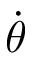
\dot { \theta }